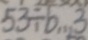
5 3 \div b \cdots 3